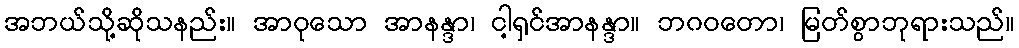
အဘယ်သို့ဆိုသနည်း။ အာဝုသော အာနန္ဒာ၊ ငါ့ရှင်အာနန္ဒာ။ ဘဂဝတော၊ မြတ်စွာဘုရားသည်။